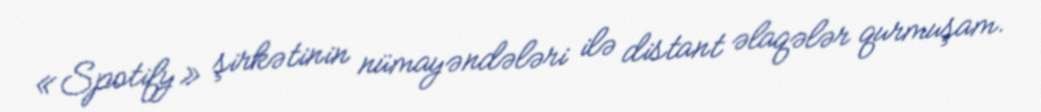
«Spotify» şirkətinin nümayəndələri ilə distant əlaqələr qurmuşam.